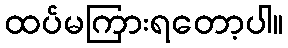
ထပ်မကြားရတော့ပါ။